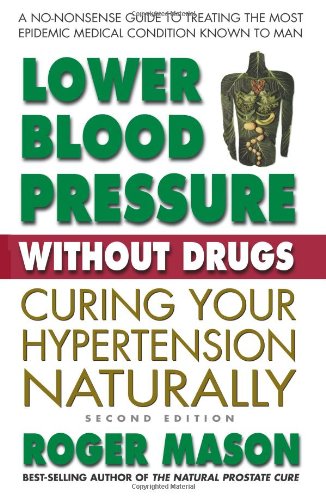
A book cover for Lower Blood Pressure Without Drugs: Curing Your Hypertension Naturally, 2nd Edition; Roger Mason; Health, Fitness & Dieting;